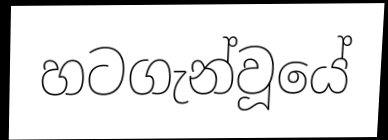
හටගැන්වූයේ